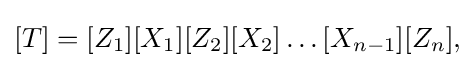
[T]=[Z_{1}][X_{1}][Z_{2}][X_{2}]\ldots [X_{n-1}][Z_{n}],\!